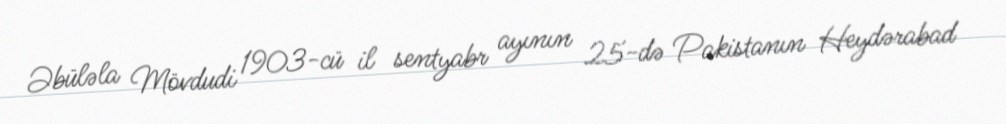
Əbüləla Mövdudi 1903-cü il sentyabr ayının 25-də Pakistanın Heydərabad